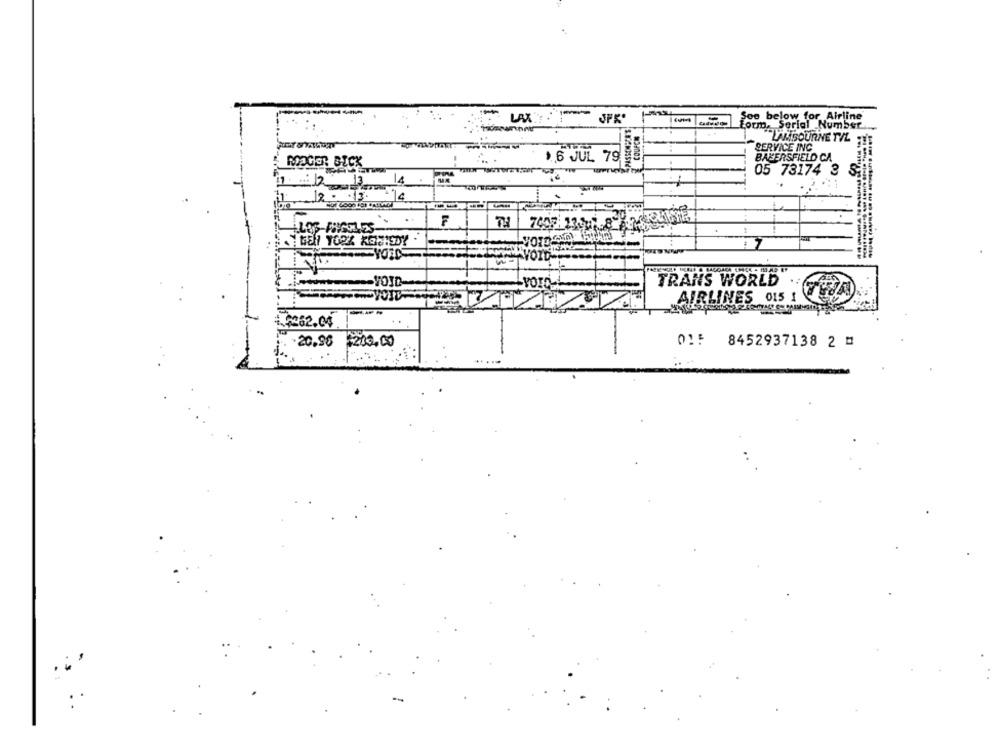
JFK*
COUFCN
Soo below for Airline
Form, Serial Number
LAKBOURNE TIL
SERVICE INC
1 6 JUL 79
BAKERSFIELD CA
ROGER BICK
05 73174 3 8;
12.
F
LOS ANGELES
VOID
YOIO
TRANS WORLD
AIRLINES 015 1
4.262.04
-20,90
$203.00
015
8452937138 2 #